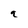
Character: 9